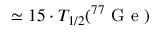
\simeq 1 5 \cdot T _ { 1 / 2 } ( ^ { 7 7 } \mathrm { ~ G ~ e ~ } )